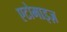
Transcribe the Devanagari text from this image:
एटोमाइज़